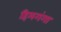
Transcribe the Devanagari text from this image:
हिमगंगा